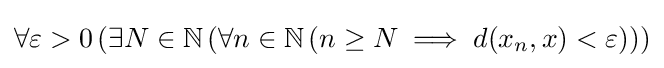
\forall \varepsilon >0\left(\exists N\in \mathbb {N} \left(\forall n\in \mathbb {N} \left(n\geq N\implies d(x_{n},x)<\varepsilon \right)\right)\right)